Leaving Certificate Examination (including Day School Certificate (Higher) General paper), 1930
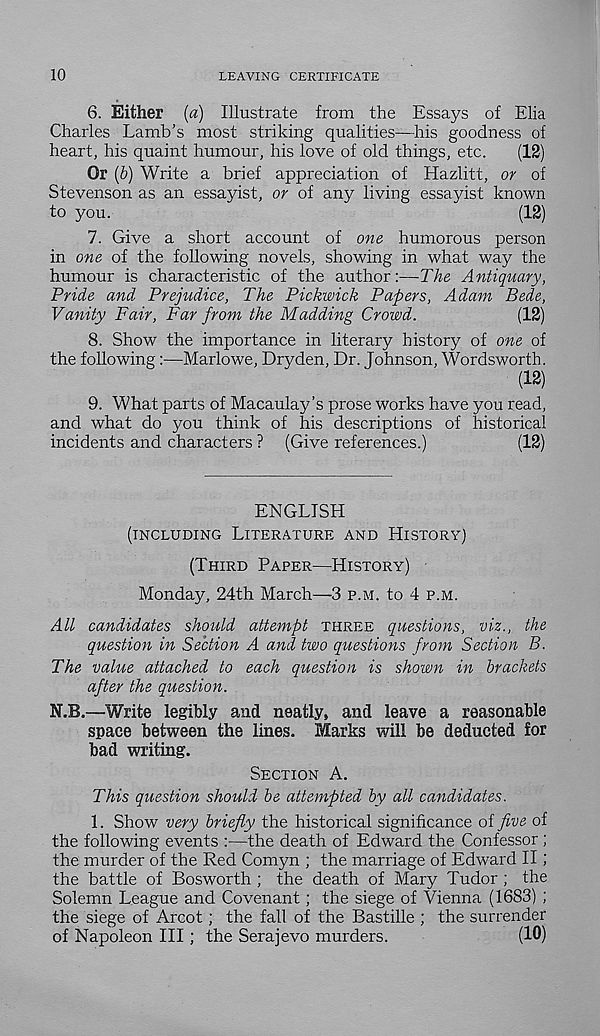
10
LEAVING CERTIFICATE
6. Either (a) Illustrate from the Essays of Elia
Charles Lamb’s most striking qualities-—his goodness of
heart, his quaint humour, his love of old things, etc.
(12)
Or (b) Write a brief appreciation of Hazlitt, or of
Stevenson as an essayist, or of any living essayist known
to you.
(12)
7. Give a short account of one humorous person
in one of the following novels, showing in what way the
humour is characteristic of the author:—The Antiquary,
Pride and Prejudice, The Pickwick Papers, Adam Bede,
Vanity Fair, Far from the Madding Crowd.
(12)
8. Show the importance in literary history of one of
the following:—Marlowe, Dryden, Dr. Johnson, Wordsworth.
(12)
9. What parts of Macaulay’s prose works have you read,
and what do you think of his descriptions of historical
incidents and characters ? (Give references.)
(12)
ENGLISH
(INCLUDING LITERATURE AND HISTORY)
(THIRD PAPER—HISTORY)
Monday, 24th March—3 P.M. to 4 P.M.
All candidates should attempt THREE questions, viz., the
question in Section A and two questions from Section B.
The value attached to each question is shown in brackets
after the question.
N.B.—Write legibly and neatly, and leave a reasonable
space between the lines. Marks will be deducted for
bad writing.
SECTION A.
This question should be attempted by all candidates.
1. Show very briefly the historical significance of five of
the following events :—the death of Edward the Confessor ;
the murder of the Red Comyn ; the marriage of Edward II;
the battle of Bosworth ; the death of Mary Tudor ; the
Solemn League and Covenant; the siege of Vienna (1683) ;
the siege of Arcot; the fall of the Bastille ; the surrender
of Napoleon III; the Serajevo murders.
(10)